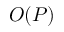
{ \cal O } ( P )